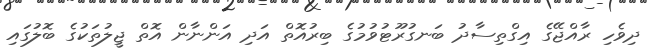
ދިވެހި ރާއްޖޭގެ އިގްތިސާދު ބަނގުރޫޓުވުމުގެ ބިރުއޮތް އަދި އަންނާން އޮތް ޖީލުތަކުގެ ބޮލުގައި